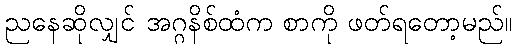
ညနေဆိုလျှင် အဂ္ဂနိစ်ထံက စာကို ဖတ်ရတော့မည်။